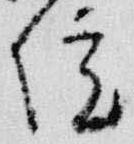
院